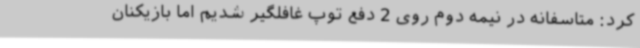
کرد: متاسفانه در نیمه دوم روی 2 دفع توپ غافلگیر شدیم اما بازیکنان